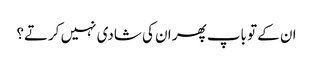
ان کے تو باپ پھر ان کی شادی نہیں کرتے؟